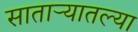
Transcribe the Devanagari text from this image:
सातार्‍यातल्या